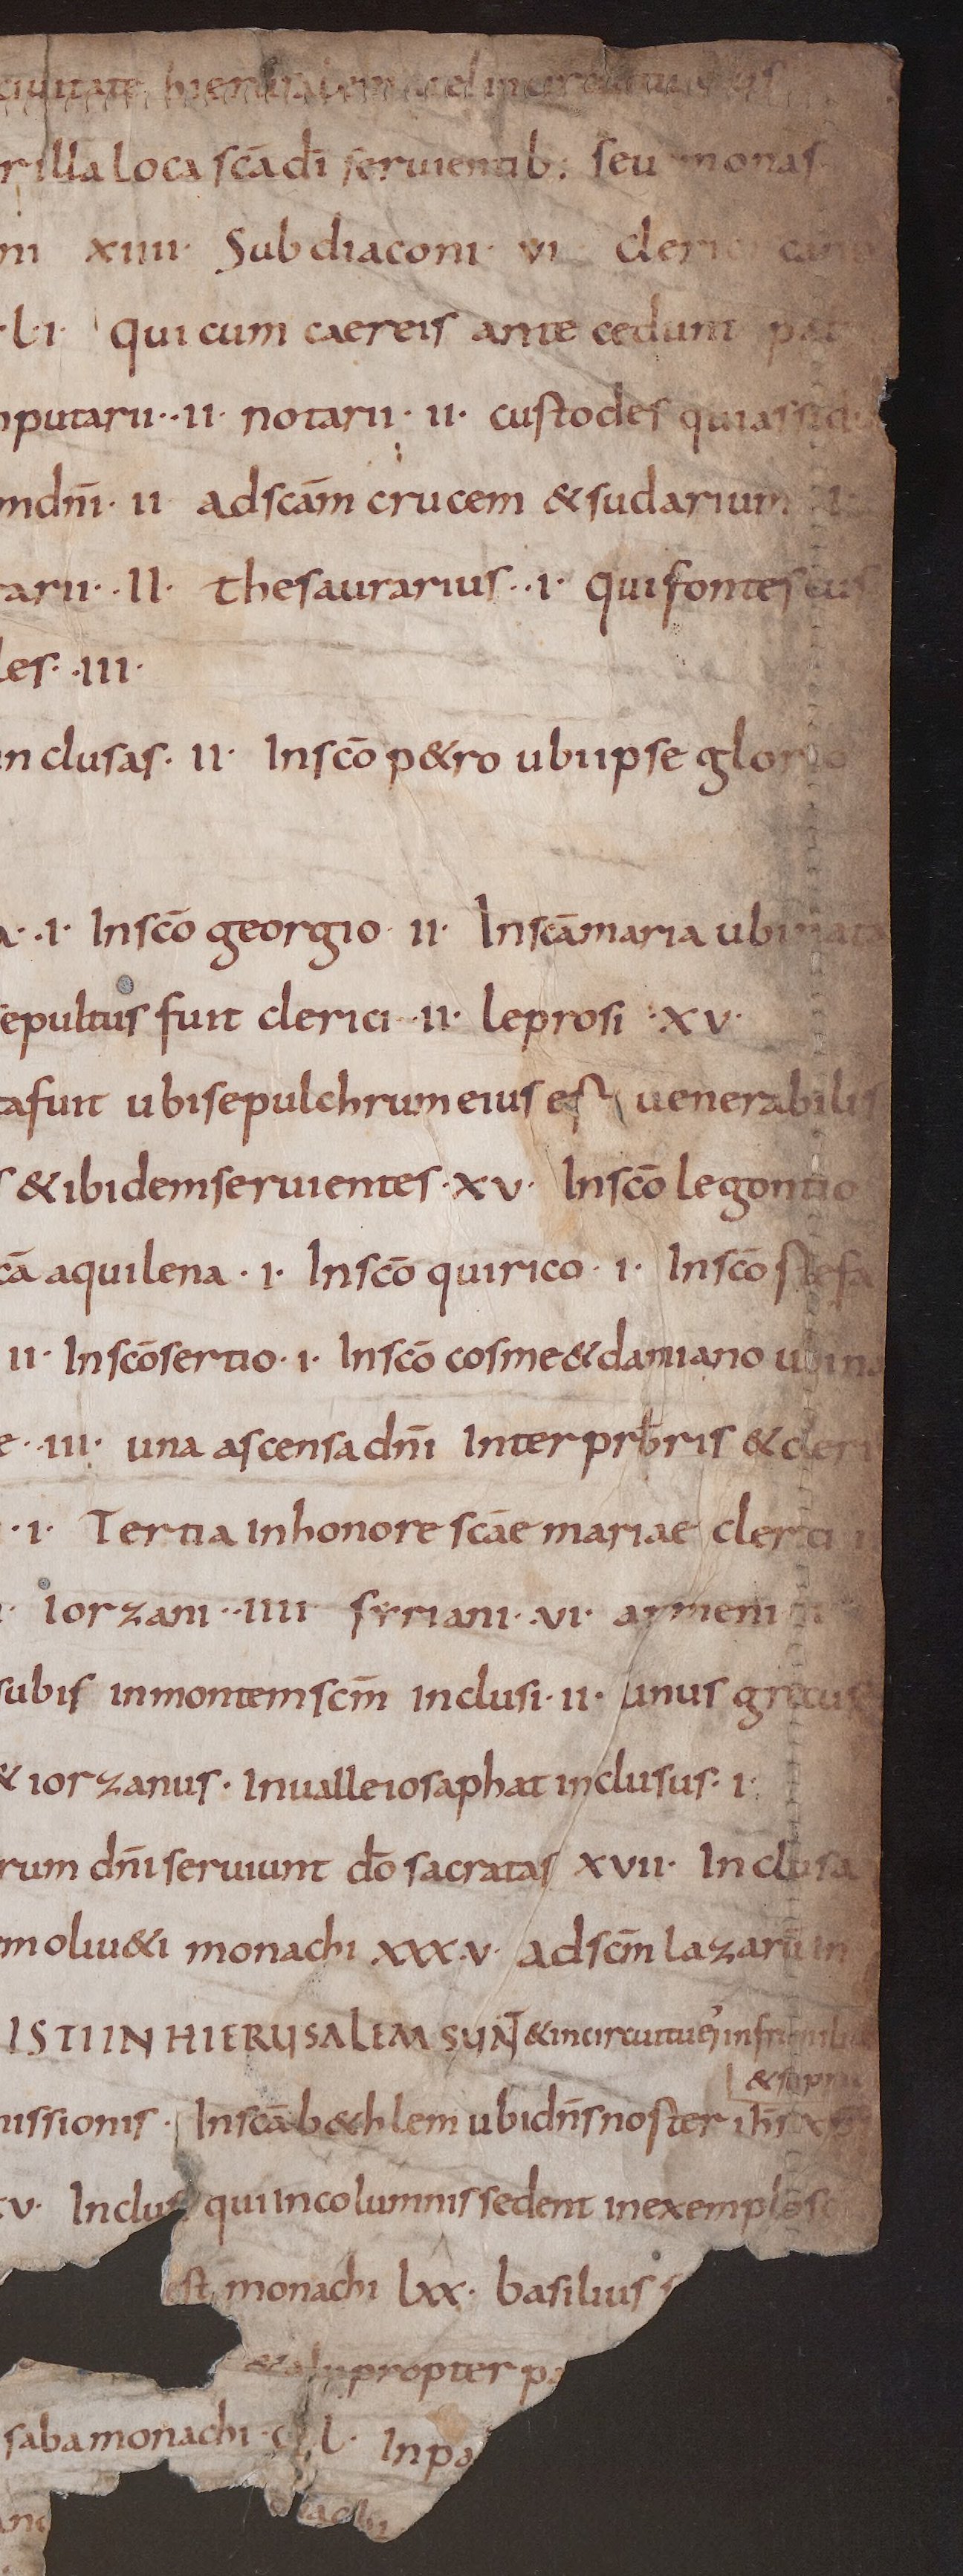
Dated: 825–849